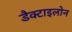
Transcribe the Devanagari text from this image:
डैक्टाइलोन